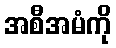
အစီအမံကို